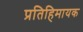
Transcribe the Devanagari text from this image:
प्रतिहिमायक